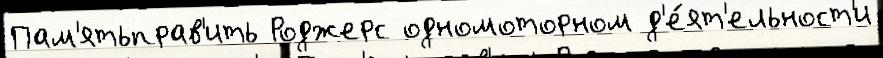
Пам'ятьправ'ить Роджерс одномоторном д'е́ят'ельност'и